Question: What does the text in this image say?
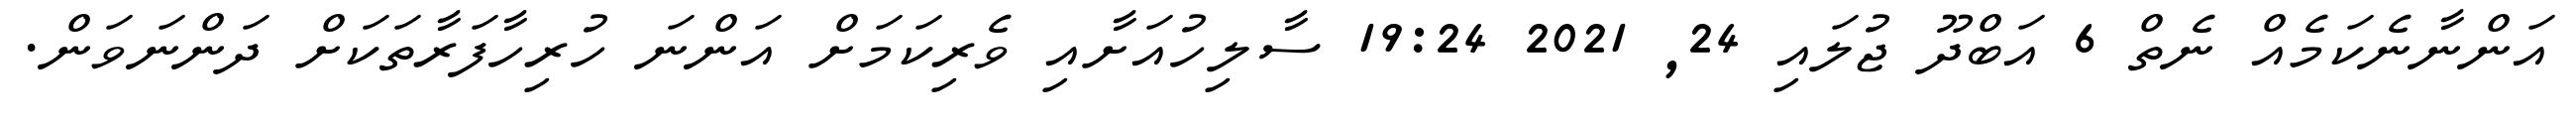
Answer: އަންނާނެކަމެއް ނެތް 6 އަބްދޫ ޖުލައި 24, 2021 19:24 ސާލިހުއަށާއި ވެރިކަމަށް އަންނަ ހުރިހާފަރާތަކަށް ދަންނަވަން.